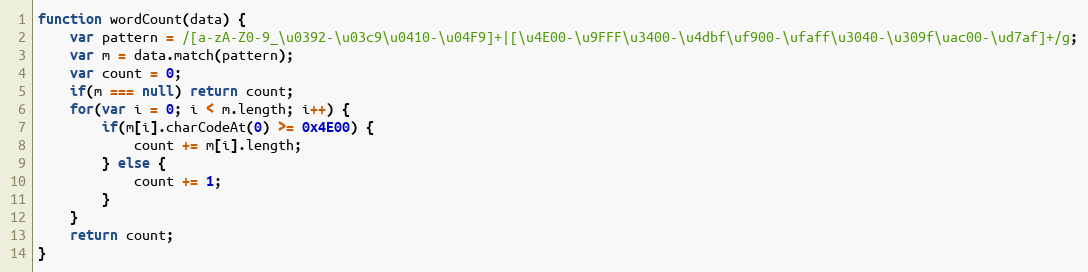
Language: JavaScript
function wordCount(data) {
	var pattern = /[a-zA-Z0-9_\u0392-\u03c9\u0410-\u04F9]+|[\u4E00-\u9FFF\u3400-\u4dbf\uf900-\ufaff\u3040-\u309f\uac00-\ud7af]+/g;
	var m = data.match(pattern);
	var count = 0;
	if(m === null) return count;
	for(var i = 0; i < m.length; i++) {
		if(m[i].charCodeAt(0) >= 0x4E00) {
			count += m[i].length;
		} else {
			count += 1;
		}
	}
	return count;
}